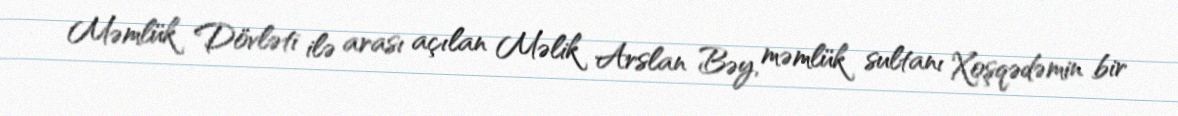
Məmlük Dövləti ilə arası açılan Məlik Arslan Bəy, məmlük sultanı Xoşqədəmin bir